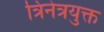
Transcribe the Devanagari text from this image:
त्रिनेत्रयुक्त